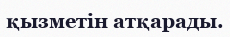
қызметін атқарады.